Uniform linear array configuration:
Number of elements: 8
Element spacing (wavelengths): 1
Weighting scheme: hamming
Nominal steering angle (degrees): -45
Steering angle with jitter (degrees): -46.26
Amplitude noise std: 0.05
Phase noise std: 0.05

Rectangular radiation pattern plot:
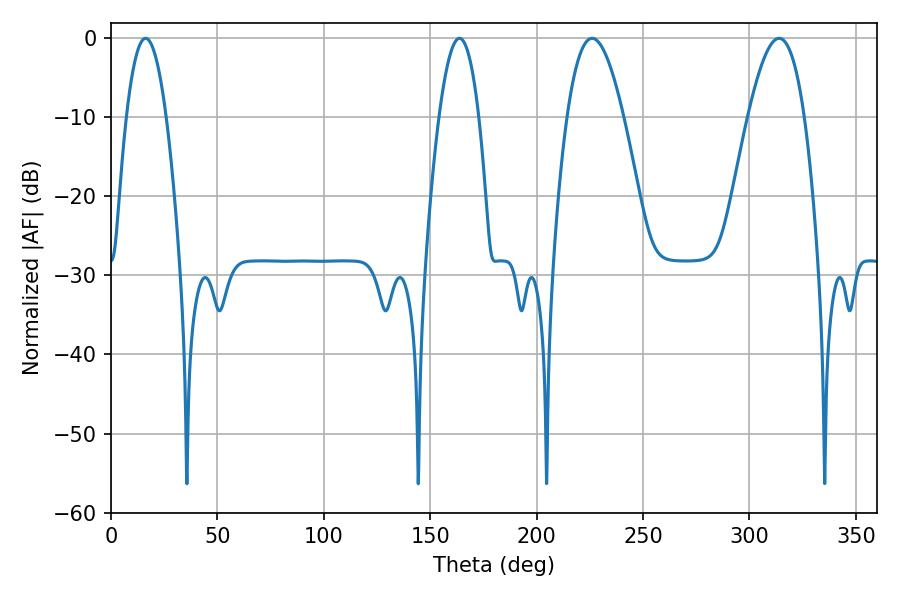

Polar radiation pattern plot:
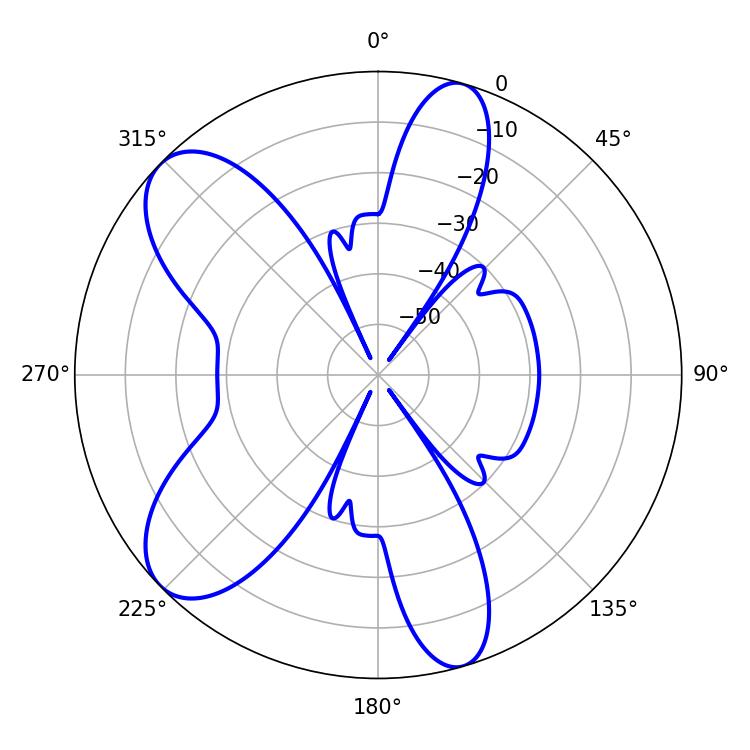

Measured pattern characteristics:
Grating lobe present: TRUE
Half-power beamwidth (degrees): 14.58
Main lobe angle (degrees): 226.08